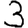
Digit: 3